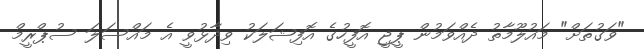
"ވަގުތަށް" މައުލޫމާތު ދެއްވަމުން ޕީޖީ އޮފީހުގެ އޮފިޝަލަކު ވިދާޅުވީ އެ މައްސަލަ ސުޕްރީމް